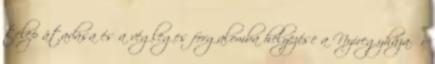
telep átadása és a végleges forgalomba helyezése a Nyíregyháza-Őr